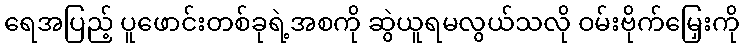
ရေအပြည့် ပူဖောင်းတစ်ခုရဲ့အစကို ဆွဲယူရမလွယ်သလို ဝမ်းဗိုက်မြှေးကို